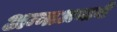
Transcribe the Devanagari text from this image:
अन्नाअभावी